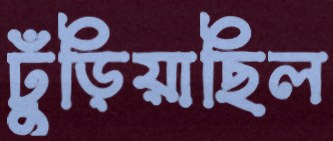
ঢুঁড়িয়াছিল